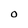
Character: O